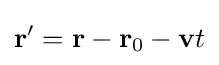
\mathbf {r} ^{\prime }=\mathbf {r} -\mathbf {r} _{0}-\mathbf {v} t